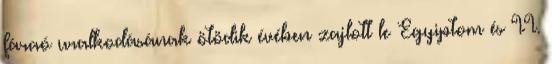
fáraó uralkodásának ötödik évében zajlott le Egyiptom és II.